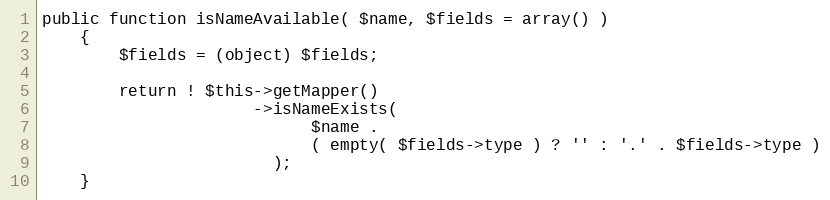
Language: PHP
public function isNameAvailable( $name, $fields = array() )
    {
        $fields = (object) $fields;

        return ! $this->getMapper()
                      ->isNameExists(
                            $name .
                            ( empty( $fields->type ) ? '' : '.' . $fields->type )
                        );
    }